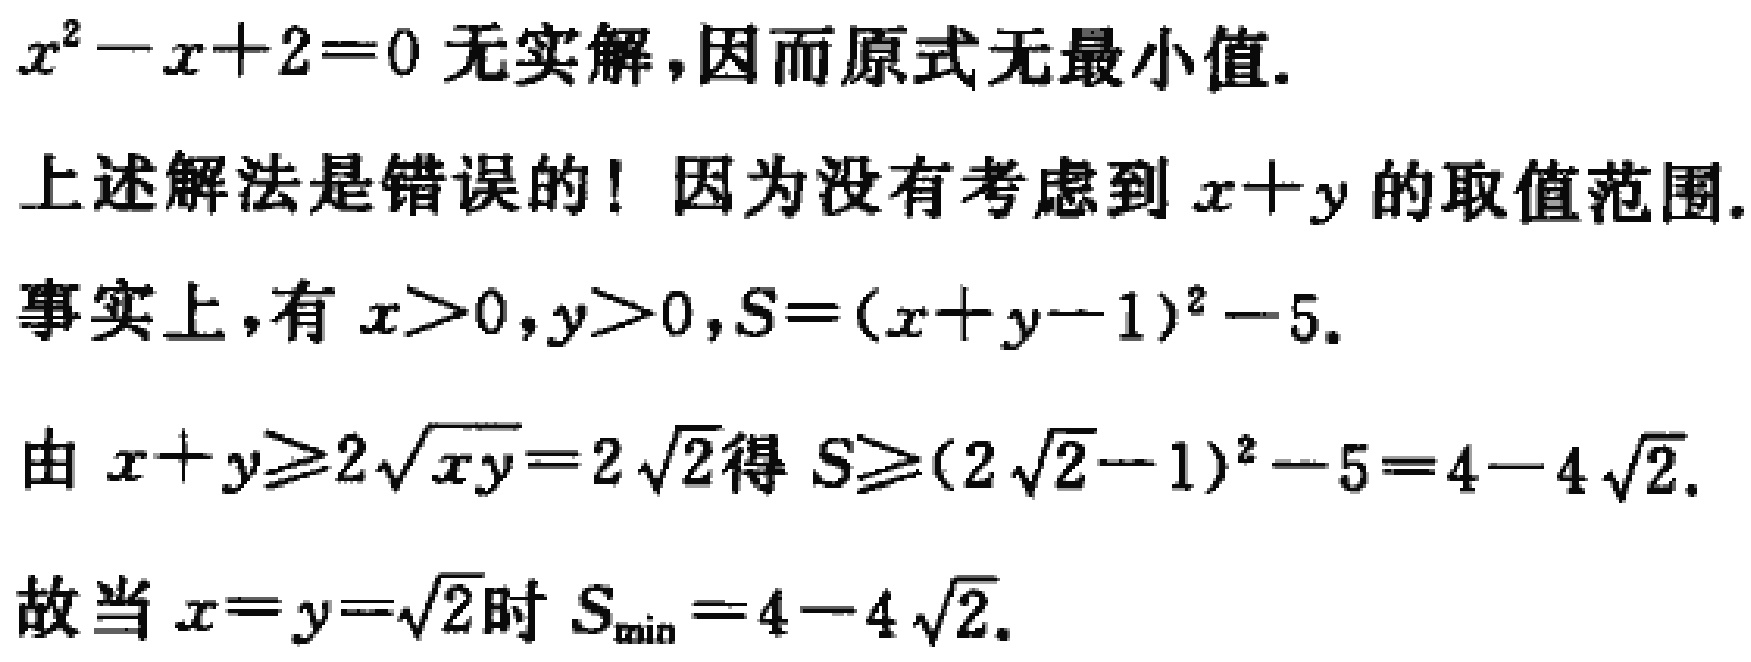
\(x^{2}-x + 2 = 0\)无实解,因而原式无最小值.
上述解法是错误的! 因为没有考虑到\(x + y\)的取值范围.
事实上,有\(x>0,y>0,S=(x + y - 1)^{2}-5\).
由\(x + y\geqslant2\sqrt{xy}=2\sqrt{2}\)得\(S\geqslant(2\sqrt{2}-1)^{2}-5 = 4 - 4\sqrt{2}\).
故当\(x = y=\sqrt{2}\)时\(S_{\min}=4 - 4\sqrt{2}\).